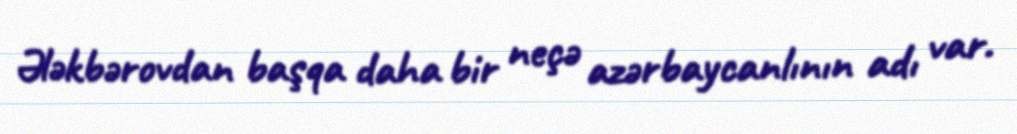
Ələkbərovdan başqa daha bir neçə azərbaycanlının adı var.